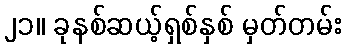
၂၁။ ခုနစ်ဆယ့်ရှစ်နှစ် မှတ်တမ်း